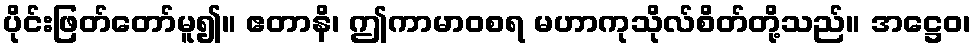
ပိုင်းဖြတ်တော်မူ၍။ ဧတာနိ၊ ဤကာမာဝစရ မဟာကုသိုလ်စိတ်တို့သည်။ အဋ္ဌေဝ၊